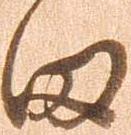
田